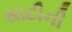
સાટીની